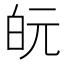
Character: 𭽋